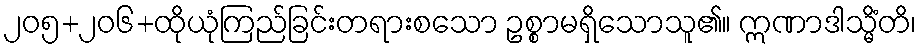
၂၀၅+၂၀၆+ထိုယုံကြည်ခြင်းတရားစသော ဥစ္စာမရှိသောသူ၏။ ဣဏာဒါသ္မိံတိ၊